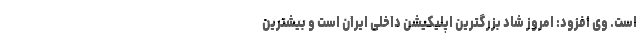
است. وی افزود: امروز شاد بزرگترین اپلیکیشن داخلی ایران است و بیشترین